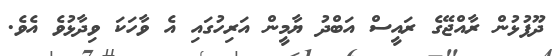
ދޫފުޅުން ރާއްޖޭގެ ރައީސް އަބްދު ޔާމީން އަރިހުގައި އެ ވާހަކަ ވިދާޅުވެ އެވެ.